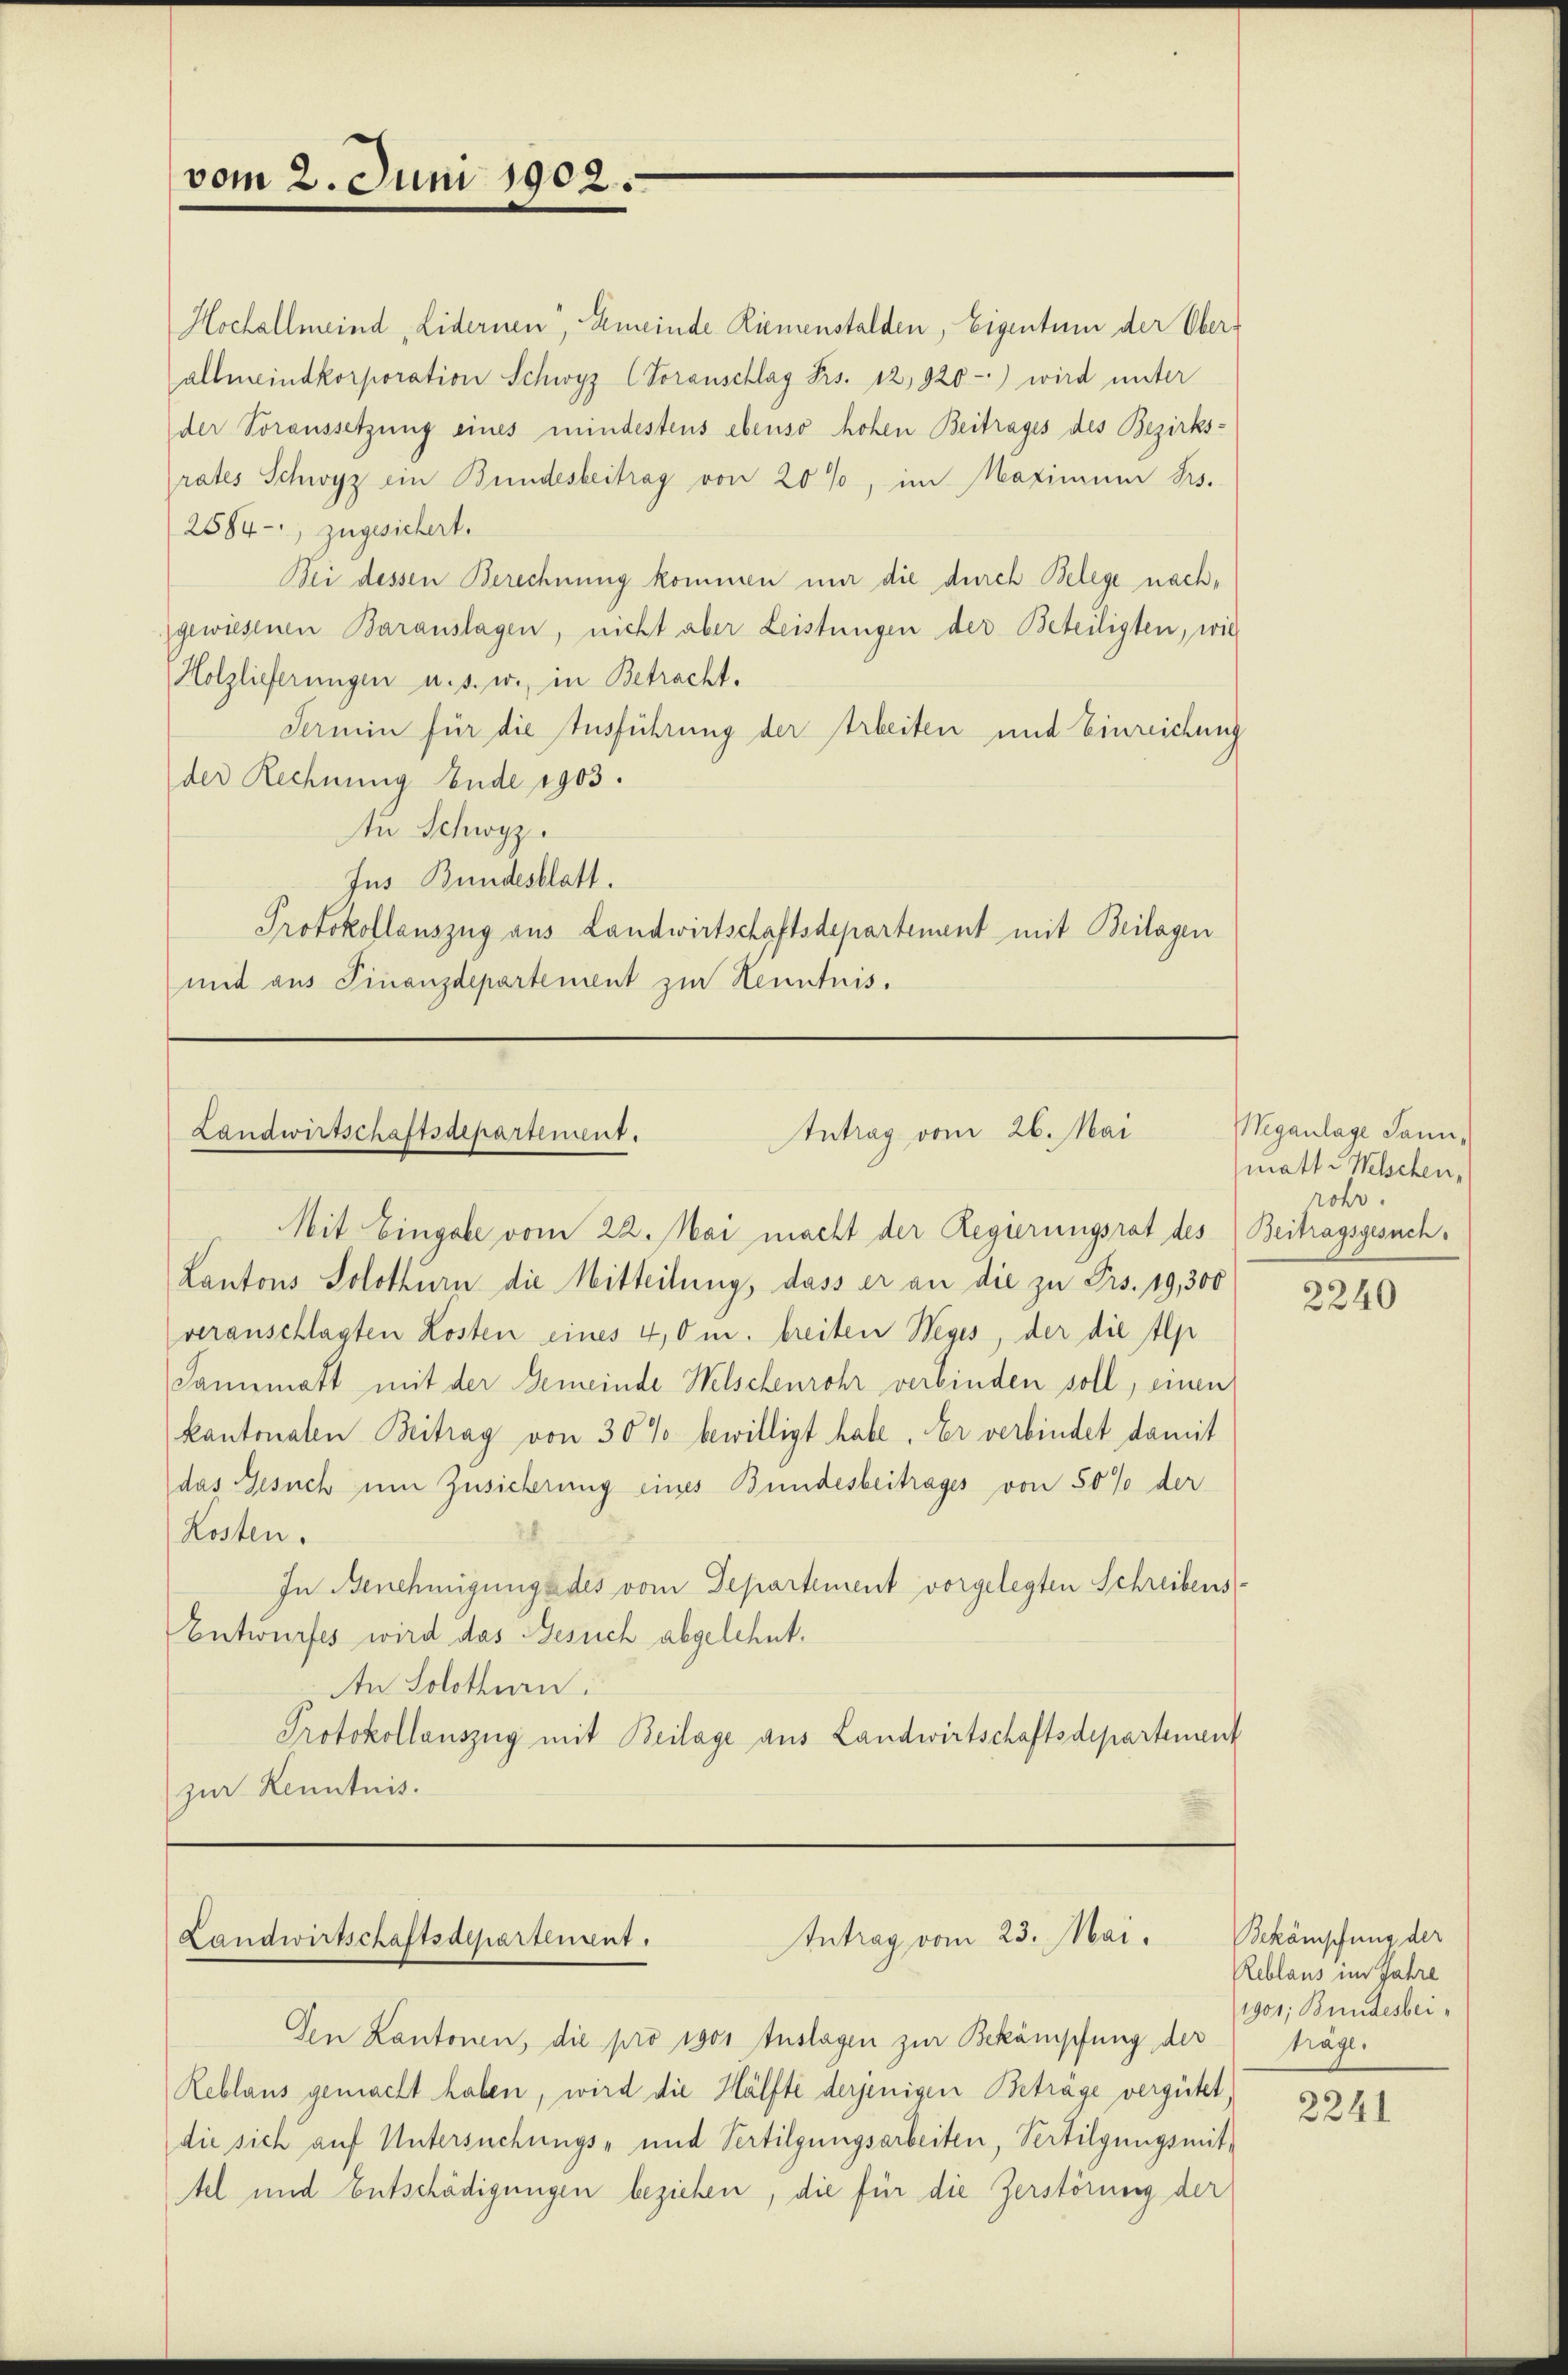
vom 2. Juni 1902.

Intrag vom 26. Mai
Landwirtschaftsaepartement.

Mit Eingabe vom 22. Mai macht der Regierungsrat des (Beitragsgesuch.
Lantons Solothurn die Mitteilung, dass er an die zu Frs. 19,300
veranschlagten Kosten eines 40 m breiten Weges, der die Alp
Sannmatt mit der Gemeinde Welschenrohr verbinden soll, einen
kantonalen Beitrag von 30% bewilligt habe. Er verbindet damit
das Gesuch um Zusicherung eines Bundesbeitrages von 50% der
Kosten.
In Benehmigungs des vom Departement vorgelegten Schreibens
Entwurfes wird das Gesuch abgelehnt.
An Solothurn.
Protokollauszug mit Beilage aus Landwirtschaftsdepartement
zur Kenntnis.

Hochallmeind, Lidernen, Gemeinde Riemenstalden, Eigentum der Ober-
allmeindkorporation Schwyz (Voranschlag Frs. 12,920-) wird unter
der Voraussetzung eines mindestens ebenso hohen Beitrages des Bezirksrates Schwyz ein Bundesbeitrag von 20%, im Maximum Pris.
2884-: zugesichert.
Bei dessen Berechnung kommen nur die durch Belege nachgewiesenen Baranslagen, nicht aber Leistungen der Beteiligten, wie
Holzlieferungen u. s. w., in Betracht.
Termin für die Ausführung der Arbeiten und Einreichung
der Rechnung Ende 1903.
In Schwyz.
Jus Bundesblatt.
Protokollauszug aus Landwirtschaftsdepartement mit Beilagen
und aus Finanzdepartement zur Kenntnis.

Intrag vom 23. Mai.
Landwirtschaftsdepartement.

Den Kantonen, die pro 1901 Auslagen zur Bekämpfung der träge.
Reblaus gemacht haben, wird die Hälfte derjenigen Betrage vergütet,
die sich auf Untersuchungs- und Vertilgungsarbeiten, Vertilgungsmittel und Entschädigungen beziehen, die für die Zerstörung der

Weganlage Janumatt. Welschen,
rohr.

2240

Bekämpfung der
Reblaus im Jahre
1901, Bundesbei¬

2241